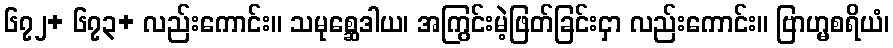
၆၇၂+ ၆၇၃+ လည်းကောင်း။ သမုစ္ဆေဒါယ၊ အကြွင်းမဲ့ဖြတ်ခြင်းငှာ လည်းကောင်း။ ဗြာဟ္မစရိယံ၊